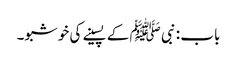
باب : نبی ﷺ کے پسینے کی خوشبو۔